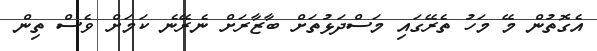
އެގޮތުން މޭ މަހު ތެރޭގައި މަސްދަޅުތަށް ބާޒާރަށް ނެރޭނެ ކަމަށް ވެސް ތިން